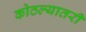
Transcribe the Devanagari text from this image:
कोठल्यातरी